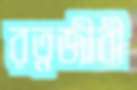
রত্নজীবী